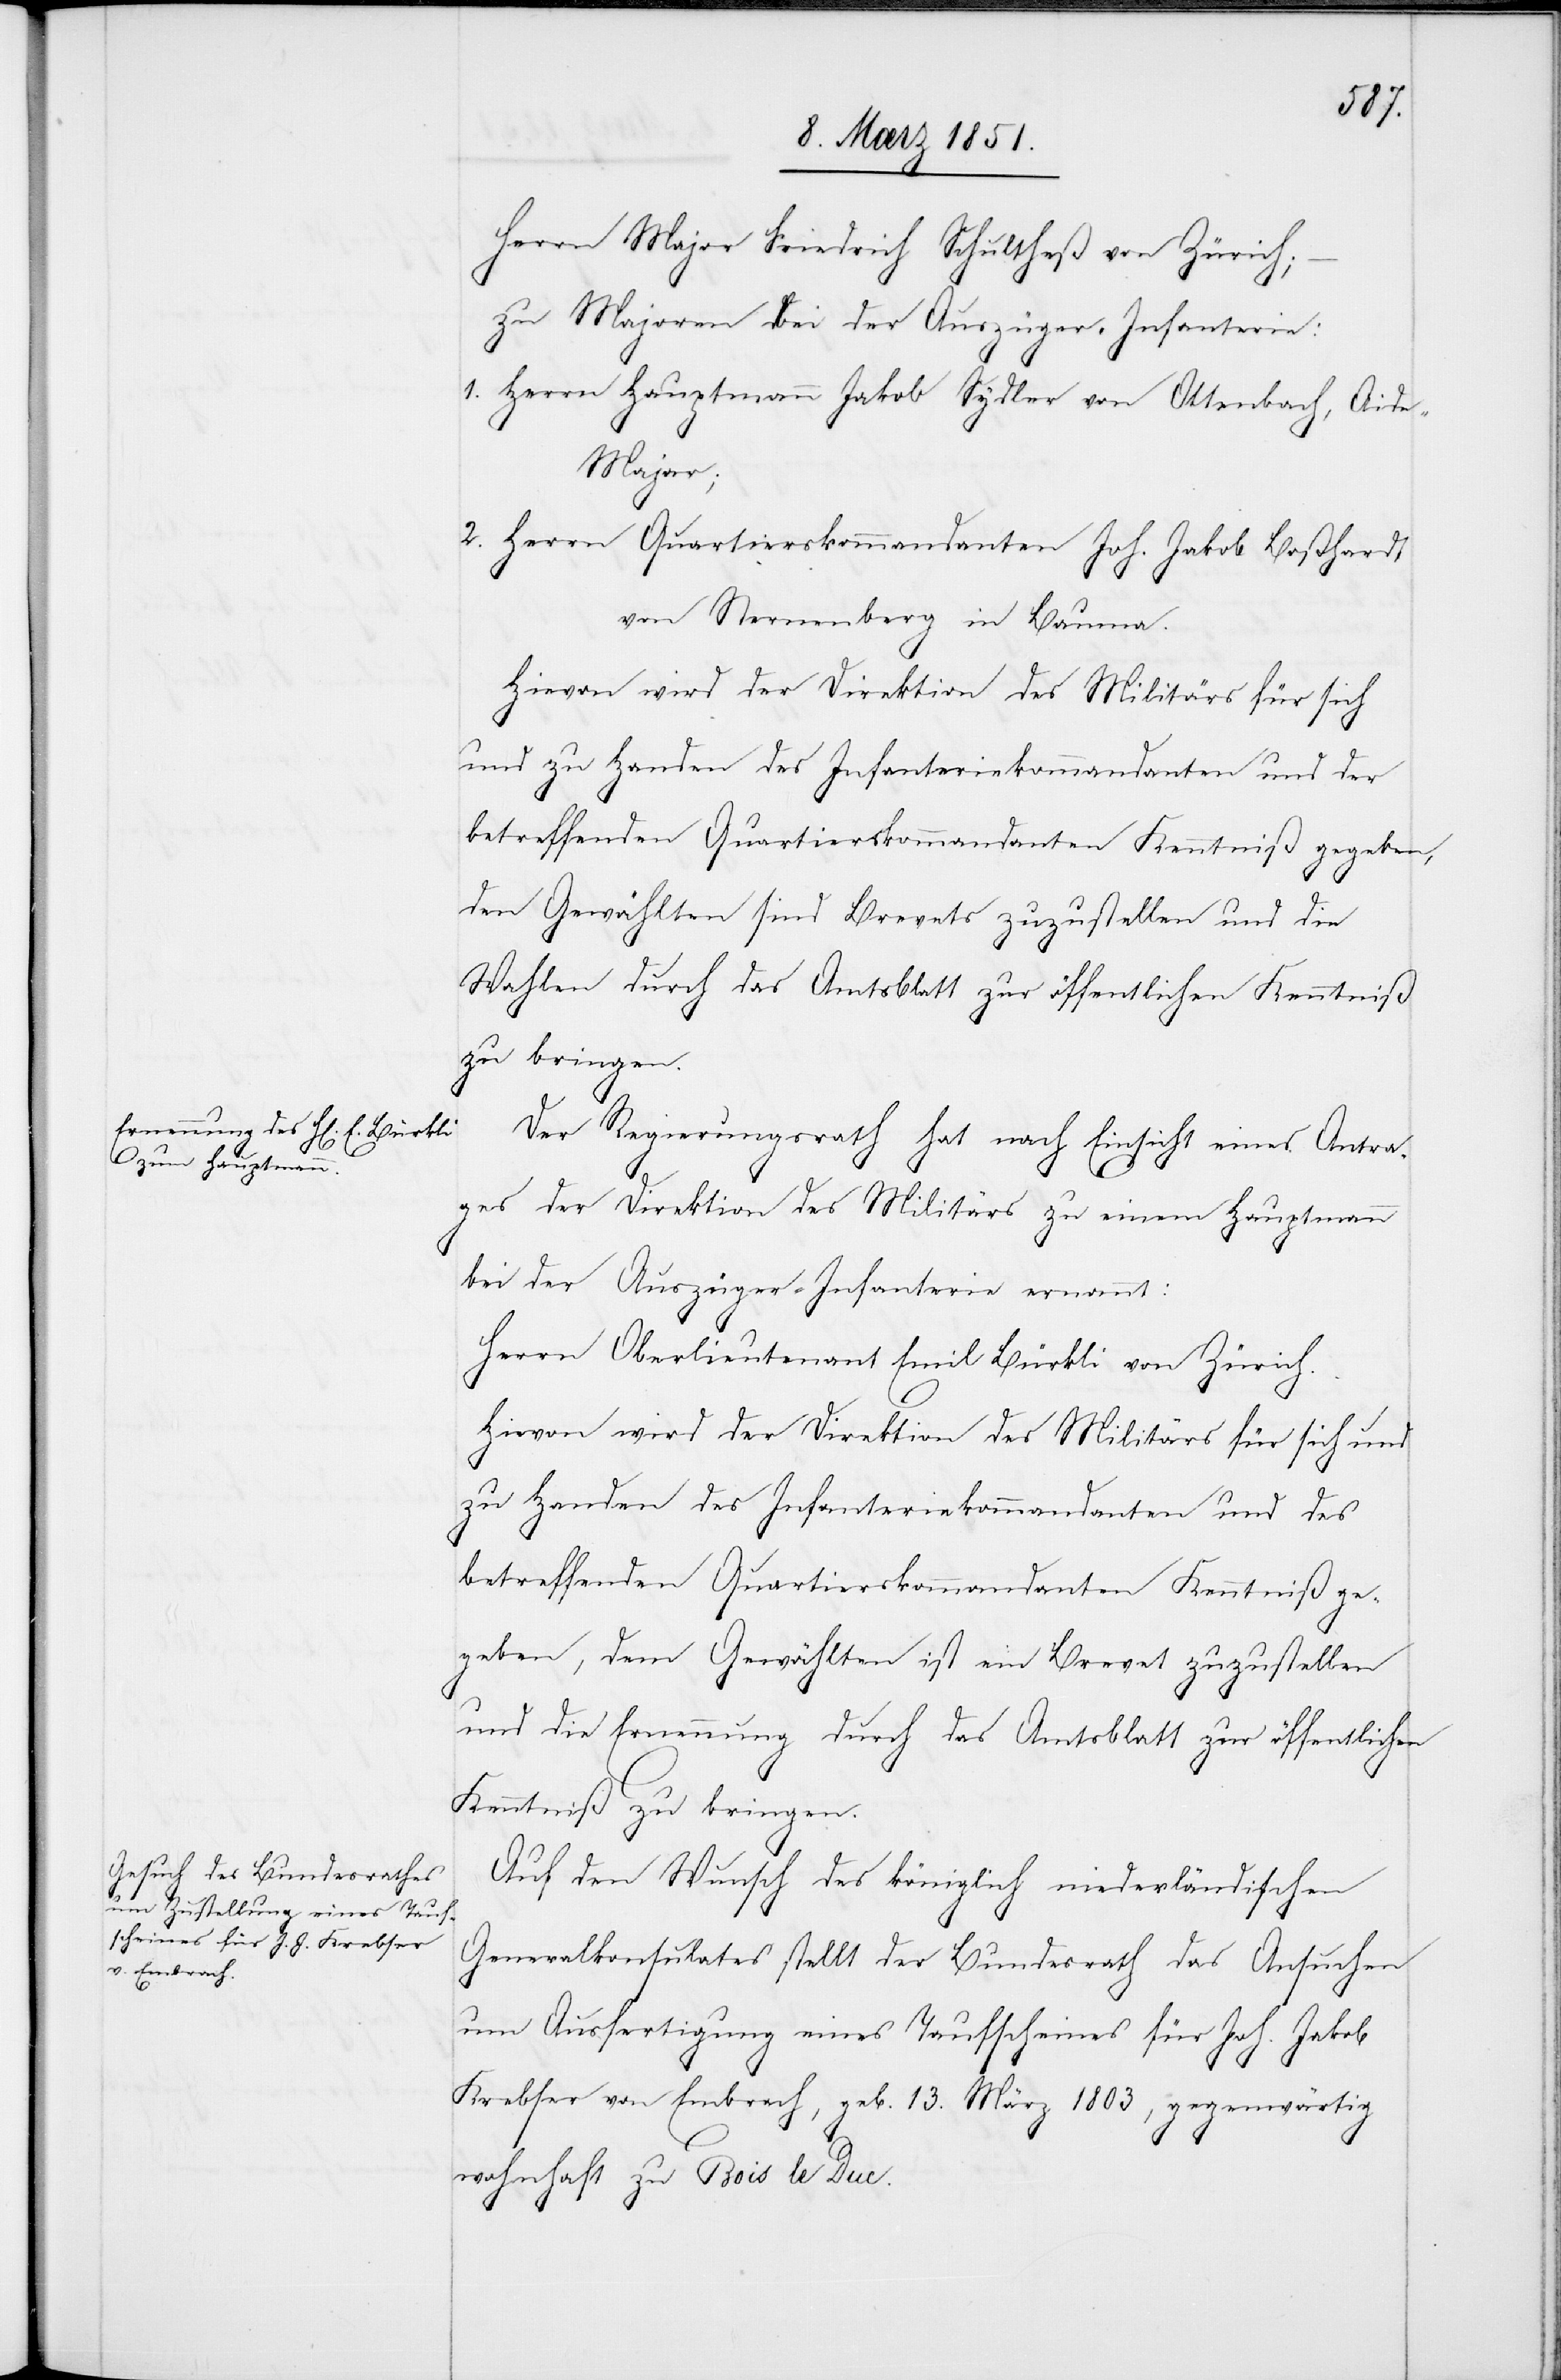
Herrn Major Friedrich Schultheß von Zürich;
zu Majoren bei der Auszüger-Infanterie:
1. Herrn Hauptmann Jakob Sydler von Ottenbach, Aid¬
e-Major;
2. Herrn Quartierskommandanten Joh. Jakob Boßhardt
von Sternenberg in Bauma.
Hievon wird der Direktion des Militärs für sich
und zu Handen des Infanteriekommandanten und der
betreffenden Quartierskommandanten Kenntniß gegeben,
den Gewählten sind Brevets zuzustellen und die
Wahlen durch das Amtsblatt zur öffentlichen Kenntniß
zu bringen.
Der Regierungsrath hat nach Einsicht eines Antra¬
ges der Direktion des Militärs zu einem Hauptmann
bei der Auszüger-Infanterie ernannt:
Herrn Oberlieutenant Emil Bürkli von Zürich.
Hievon wird der Direktion des Militärs für sich und
zu Handen des Infanteriekommandanten und des
betreffenden Quartierskommandanten Kenntniß ge¬
geben, dem Gewählten ist ein Brevet zuzustellen
und die Ernennung durch das Amtsblatt zur öffentlichen
Kenntniß zu bringen.
Auf den Wunsch des königlich niederländischen
Generalkonsulates stellt der Bundesrath das Ansuchen
um Ausfertigung eines Taufscheines für Joh. Jakob
Krebser von Embrach, geb. 13. März 1803, gegenwärtig
wohnhaft zu Bois le Duc.